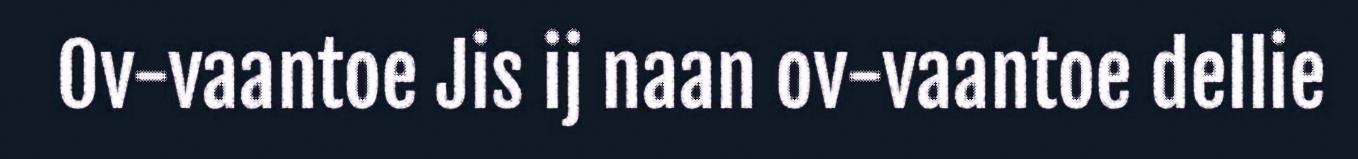
Ov-vaantoe Jis ij naan ov-vaantoe dellie